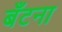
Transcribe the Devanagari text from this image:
बँटना